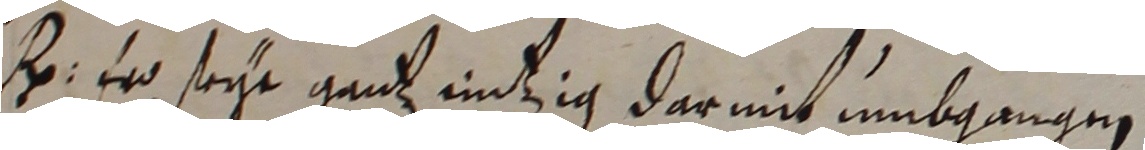
R er seye gantz entzig darmit umbgangen.